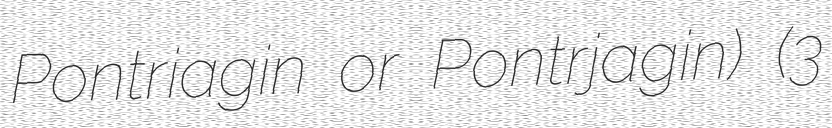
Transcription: Pontriagin or Pontrjagin) (3